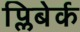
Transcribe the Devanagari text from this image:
प्लिबेर्क